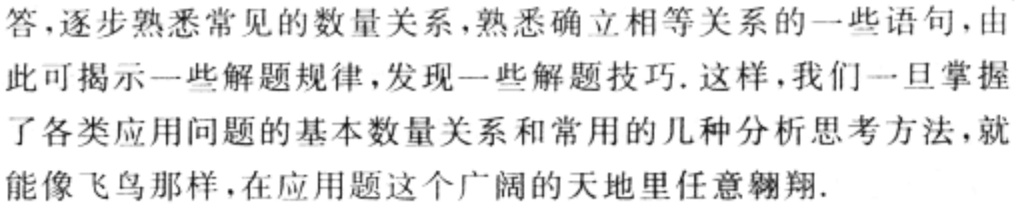
答,逐步熟悉常见的数量关系,熟悉确立相等关系的一些语句,由此可揭示一些解题规律,发现一些解题技巧. 这样,我们一旦掌握了各类应用问题的基本数量关系和常用的几种分析思考方法,就能像飞鸟那样,在应用题这个广阔的天地里任意翱翔.